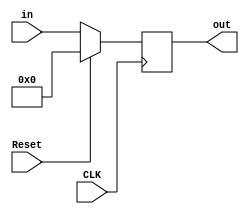
`timescale 1ns / 1ps

module Reg_out_R(CLK,Reset,in,out);
input CLK,Reset;
input [31:0] in;
output reg [31:0] out;

always @ (posedge CLK)
begin
    if(Reset)
        out <= 0;
    else
        out <= in;
end

endmodule